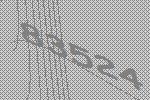
83524